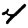
Digit: 4